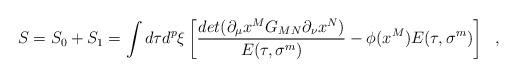
LaTeX: \begin{align*} S=S_0+S_1 = \int d\tau d^{p}\xi\left[{det(\partial_\mu x^M G_{MN} \partial_\nu x^N)\over E(\tau,\sigma^m)} -{\phi(x^M)} E (\tau,\sigma^m)\right]~~,\end{align*}